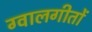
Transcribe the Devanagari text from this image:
ग्वालगीतों